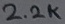
Text: 2.2K